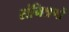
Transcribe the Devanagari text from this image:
संमिश्रणों